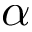
\alpha